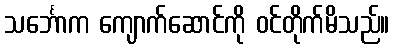
သင်္ဘောက ကျောက်ဆောင်ကို ဝင်တိုက်မိသည်။